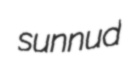
sunnud